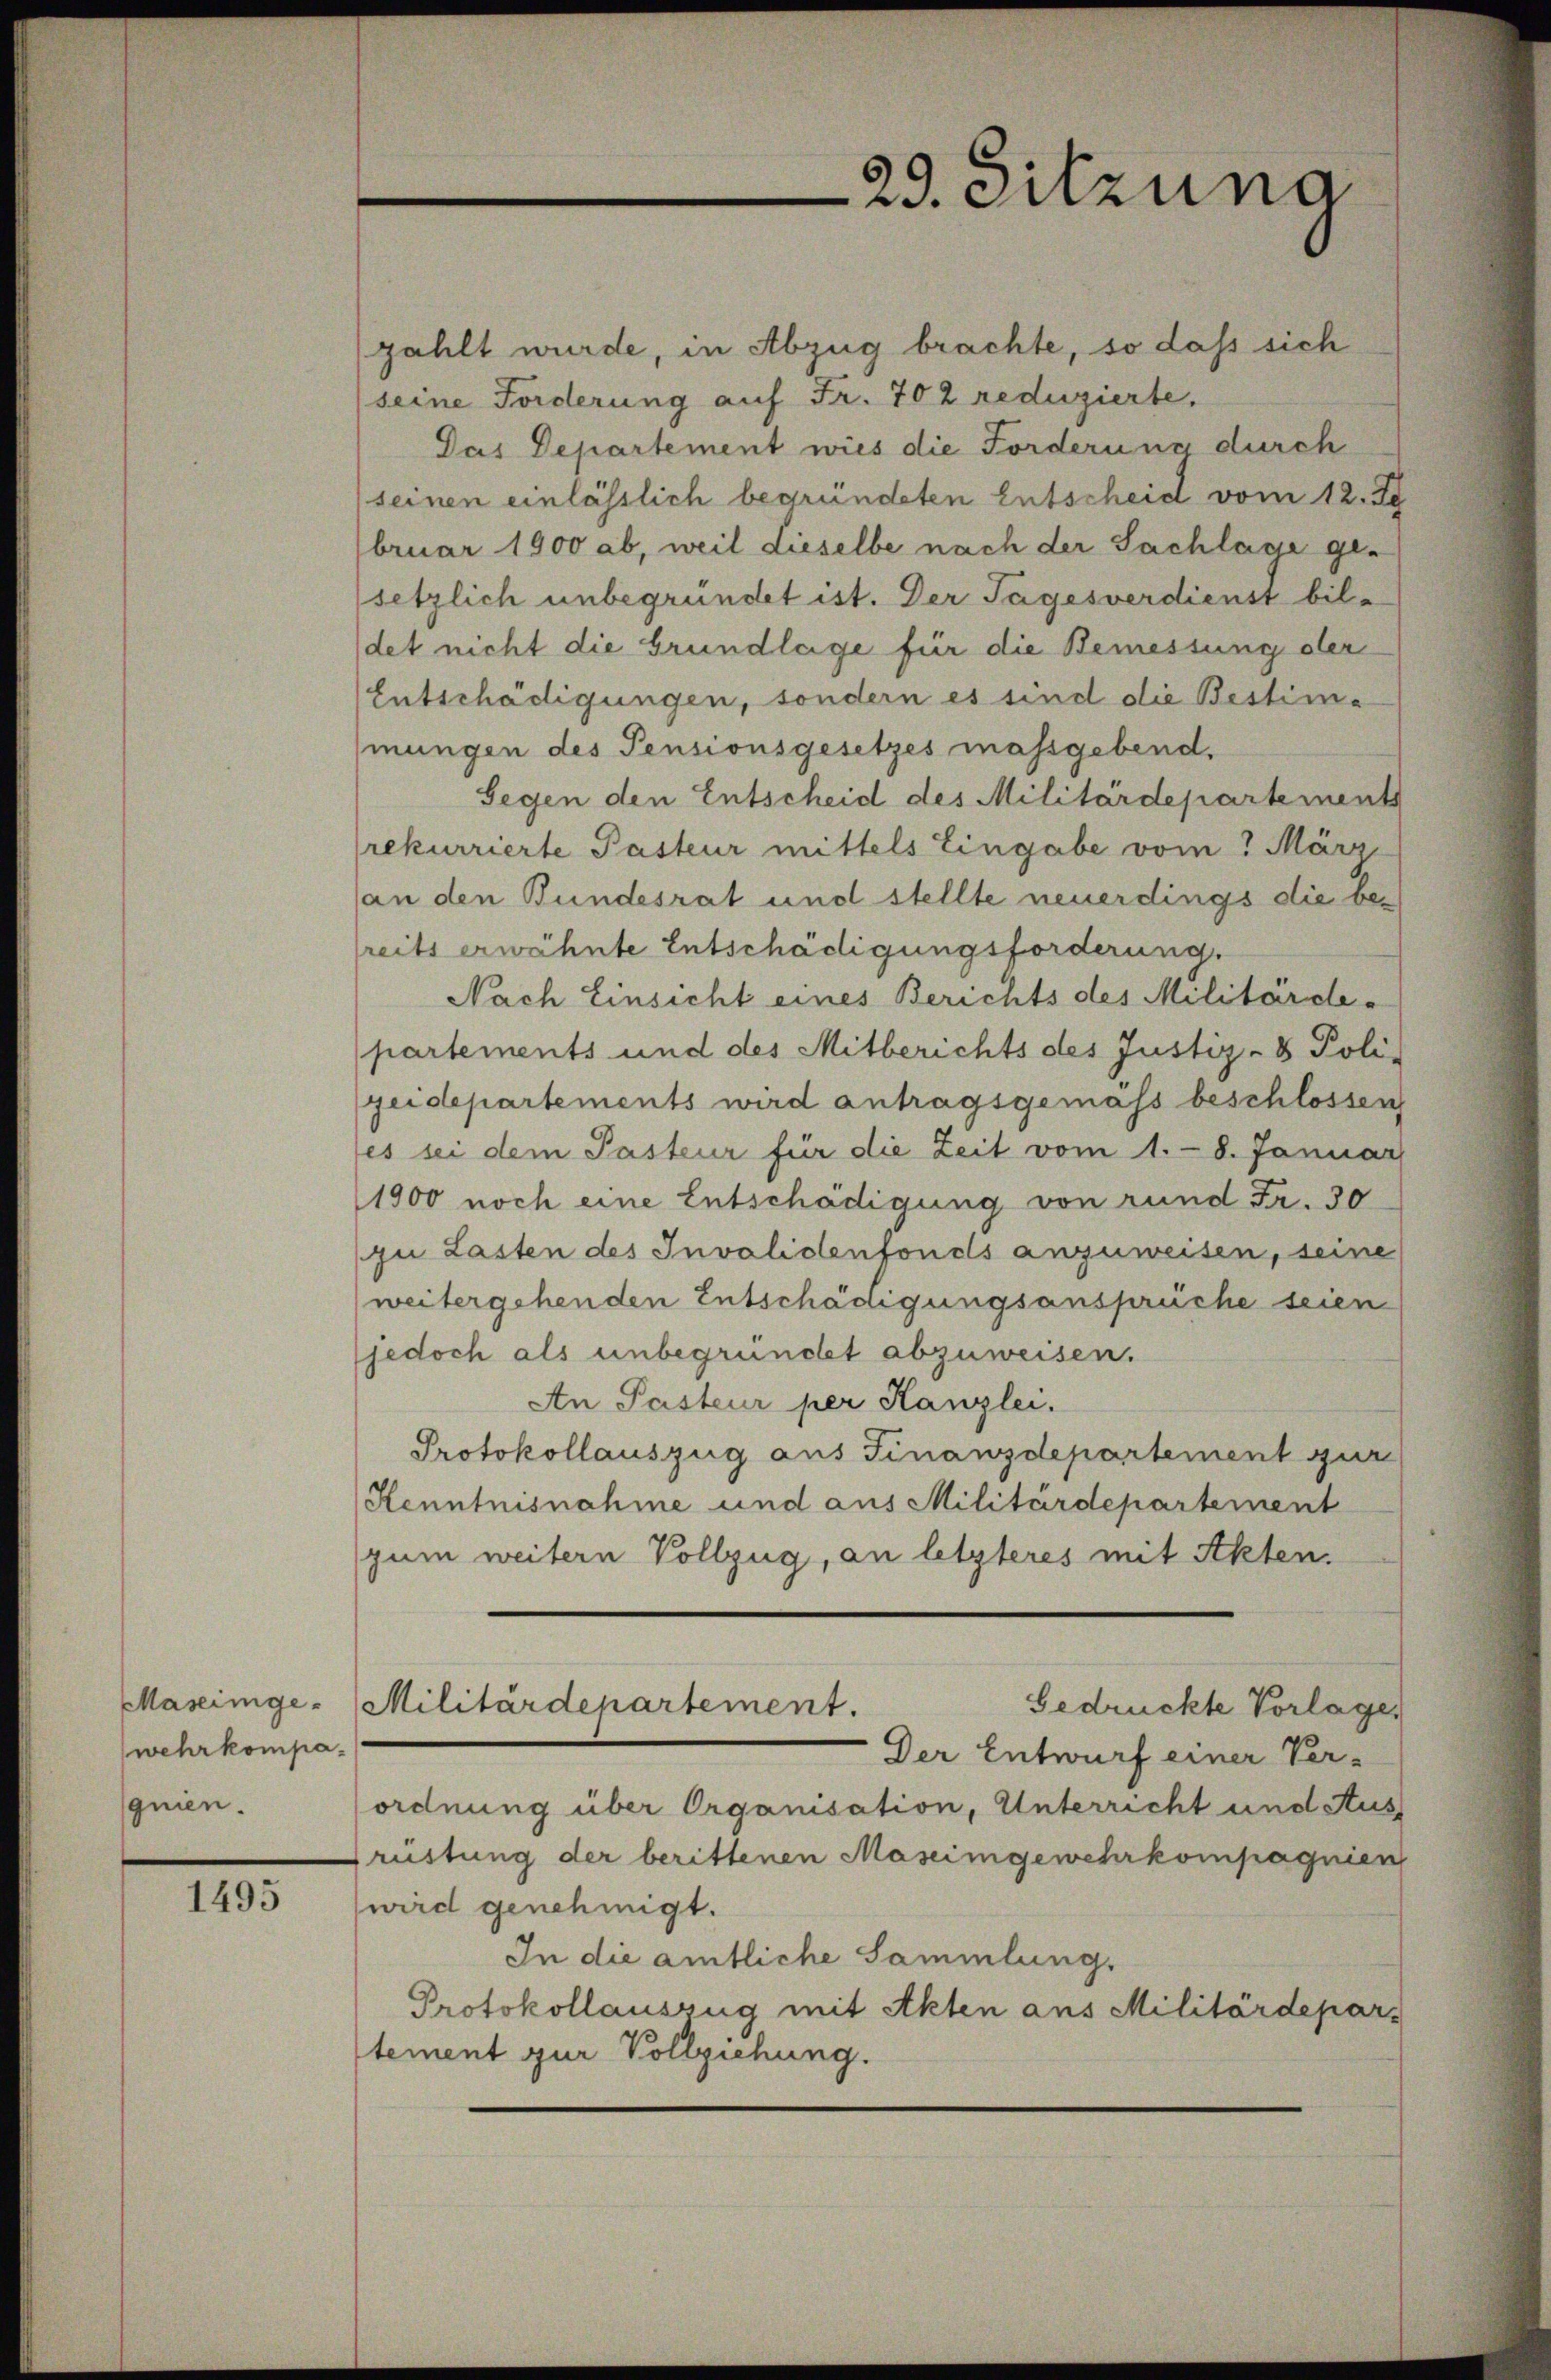
Maseingewehrkompaquien.

1495

zahlt wurde, in Abzug brachte, so daß sich
(seine Forderung auf Fr. 702 reduzierte.
Das Departement wies die Forderung durch
seinen einlässlich begründeten Entscheid vom 12. Je
bruar 1900 ab, weil Lieselbe nach der Sachlage gesetzlich unbegründet ist. Der Tagesverdienst bil-
det nicht die Grundlage für die Bemessung der
Entschädigungen, sondern es sind die Bestime
mungen des Pensionsgesetzes massgebend.
Gegen den Entscheid des Militärdepartements
rekurrierte Pasteur mittels Eingabe vom 3 März
an den Bundesrat und stellte neuerdings die ver
reits erwähnte Entschädigungsforderung.
Nach Einsicht eines Berichts des Militärde-
partements und des Mitberichts des Justiz- & Poli-
geidepartements wird antragsgemäss beschlossen
fes sei dem Pasteur für die Zeit vom 1. - 8. Januar
1900 noch eine Entschädigung von rund Fr. 30
zu Lasten des Invalidenfonds anzuweisen, seine
weitergehenden Entschädigungsansprüche seien
(jedoch als unbegründet abzuweisen.
An Pasteur per Kanzlei.
Protokollauszug aus Finanzdepartement zur
Kenntnisnahme und aus Militärdepartement
gum weitern Vollzug, an letzteres mit Akten.
Militärdepartement.
Gedrückte Vorlage
Der Entwurf einer Ver-
ordnung über Organisation, Unterricht und Aus
rüstung der berittenen Maseingewehrkompagnien
wird genehmigt.
In die amtliche Sammlung.
Protokollauszug mit Akten aus Militärdepartement zur Vollziehung.

29. Sitzung